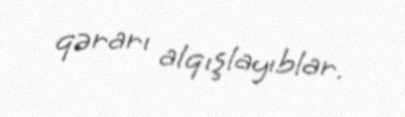
qərarı alqışlayıblar.